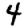
Digit: 4